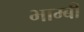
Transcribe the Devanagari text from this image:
भाम्बी